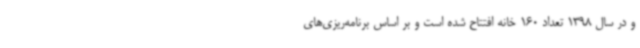
و در سال 1398 تعداد 160 خانه افتتاح شده است و بر اساس برنامه‌ریزی‌های